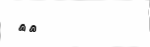
٧٣